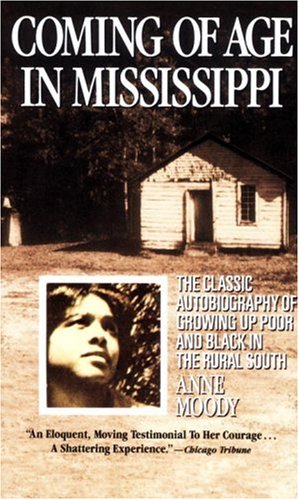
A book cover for Coming of Age in Mississippi; Anne Moody; Biographies & Memoirs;